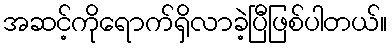
အဆင့်ကိုရောက်ရှိလာခဲ့ပြီဖြစ်ပါတယ်။